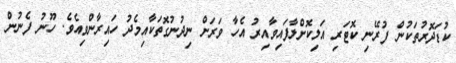
ކުޑަދޮރުތަކުން ފުރޭނި ކޮޓަރި އަލިކޮށްލާފައިވާއިރު އެހާ ވަރަށް ނިދުނުގޮތަކާއިމެދު ހައިރާންވިއެވެ. ހޫނު ފެނުން